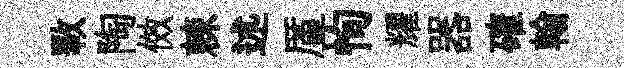
斁陶傚棘述厪恂耀器確翰